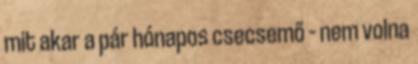
mit akar a pár hónapos csecsemő – nem volna